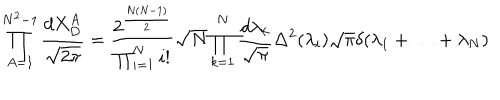
LaTeX: \prod _ { A = 1 } ^ { N ^ { 2 } - 1 } \frac { d X _ { D } ^ { A } } { \sqrt { 2 \pi } } = \frac { 2 ^ { \frac { N ( N - 1 ) } { 2 } } } { \prod _ { i = 1 } ^ { N } i ! } \sqrt { N } \prod _ { k = 1 } ^ { N } \frac { d \lambda _ { k } } { \sqrt { \pi } } \Delta ^ { 2 } ( \lambda _ { i } ) \sqrt { \pi } \delta ( \lambda _ { 1 } + \ldots + \lambda _ { N } )